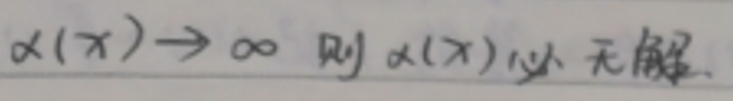
\alpha(x)\to\infty 则\alpha(x)\downarrow 无解.